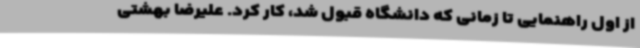
از اول راهنمایی تا زمانی که دانشگاه قبول شد، کار کرد. علیرضا بهشتی